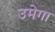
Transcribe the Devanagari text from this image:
उमेगा